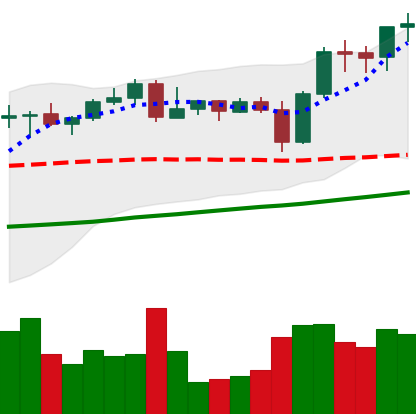
Ticker: BNB-USD
Chart end date: 2021-11-02
Forward return: 17.316%
Label: up_7plus